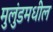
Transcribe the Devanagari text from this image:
मुलुंडमधील